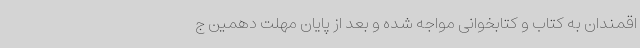
اقمندان به کتاب و کتابخوانی مواجه شده و بعد از پایان مهلت دهمین ج